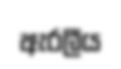
ඇරලීය